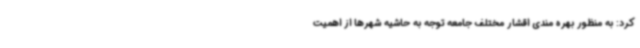
کرد: به منظور بهره مندی اقشار مختلف جامعه توجه به حاشیه شهرها از اهمیت